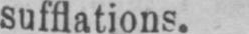
sufflations.